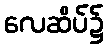
လေဆိပ်၌